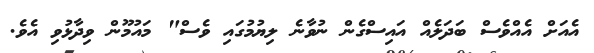
އެއަށް އެއްވެސް ބަދަލެއް އައިސްގެން ނުވާނެ ލިޔުމުގައި ވެސް" މައުމޫން ވިދާޅުވި އެވެ.